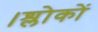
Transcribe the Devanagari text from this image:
।श्लोकों